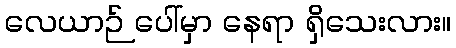
လေယာဉ် ပေါ်မှာ နေရာ ရှိသေးလား။